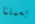
بعملنا